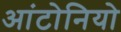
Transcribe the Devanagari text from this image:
आंटोनियो